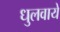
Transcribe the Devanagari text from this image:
धुलवाये